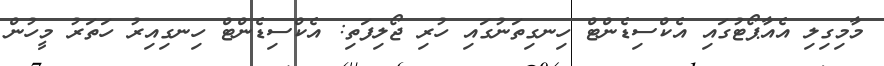
މާމިގިލި އެއާޕޯޓުގައި އެކްސިޑެންޓް ހިނގިތަނުގައި ހުރި ޖޯލިފަތި: އެކްސިޑެންޓް ހިނގިއިރު ހަތަރު މީހުން